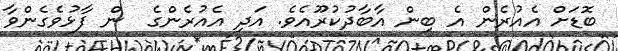
ބޮޑަށް އެއުރެން އެ ބިން އާބާދުކުރޫއެވެ. އަދި އެއުރެންގެ  ން ފާޅުވެގެންވާ